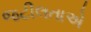
જટીલતાએ